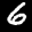
Label: 6